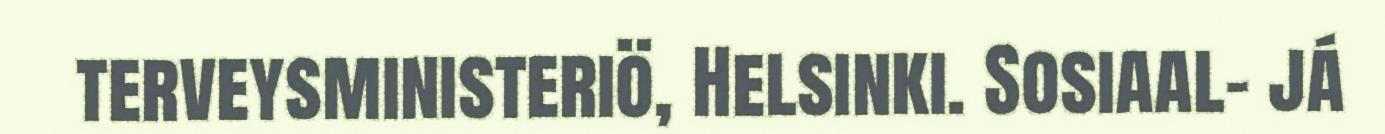
terveysministeriö, Helsinki. Sosiaal- já